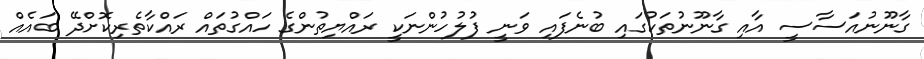
ގާނޫނުއަސާސީ އާއި ގާނޫނުތަކުގައި ބުނެފައި ވަނީ ފުލުހުންނަކީ ރައްޔިތުންގެ ހައްގުތައް ރައްކާތެރިކޮށްދޭ ބައެއް